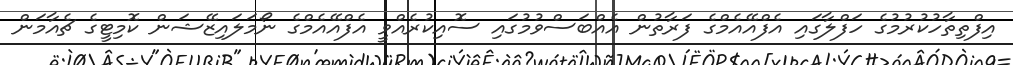
އިފްތިތާހުކުރުމުގެ ހަފްލާގައި އެފްއޭއެމްގެ ފަރާތުން އެއްބަސްވުމުގައި ސޮއިކުރެއްވީ އެފްއޭއެމްގެ ނޯމަލައިޒޭޝަން ކޮމިޓީގެ ޗެއާމަން